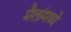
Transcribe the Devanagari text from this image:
मैलांमध्ये